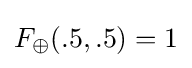
F_{\oplus }(.5,.5)=1